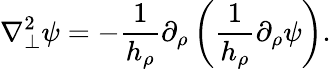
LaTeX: \nabla_{\perp}^{2}\psi=-\frac{1}{h_{\rho}}\partial_{\rho}\left(\frac{1}{h_{\rho}}\partial_{\rho}\psi\right).